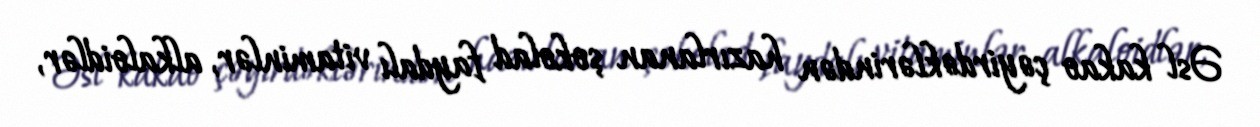
Əsl kakao çəyirdəklərindən hazırlanan şokolad faydalı vitaminlər, alkaloidlər,